Vital statistics of India. Vol. IV, Annual returns from 1871 to 1876. British Army of India, Native Army and jails of Bengal
Year: 1871
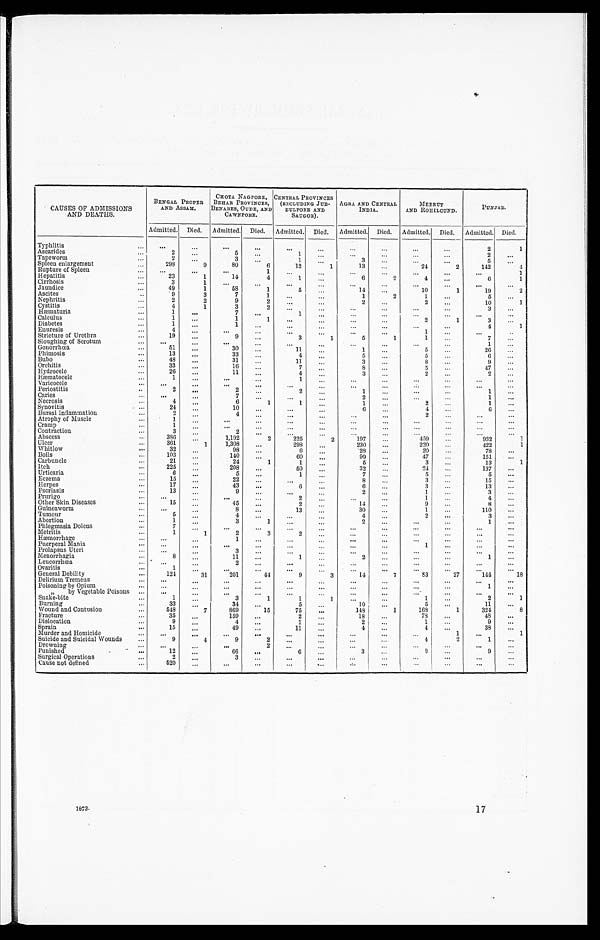
CAUSES OF ADMISSIONS
AND DEATHS.
BENGAL PROPER
AND ASSAM.
CHOTA NAGPORE,
BEHAR PROVINCES,
BENARES, OUDE, AND
CAWNPORE.
CENTRAL PROVINCES
(EXCLUDING JUB-
BULPORE AND
SAUGOR).
AGRA AND CENTRAL
INDIA.
MEERUT
AND ROHILCUND.
PUNJAB.
Admitted. Died. Admitted. Died. Admitted. Died. Admitted. Died. Admitted. Died. Admitted. Died.
Typhlitis . . .
. . .
. . .
. . .
. . .
. . .
. . .
. . .
. . .
. . .
. . .
2 1
Ascarides . . .
2
. . .
5
. . .
1
. . .
. . .
. . .
. . .
. . .
2
. . .
Tapeworm . . .
2
. . .
3
. . .
1
. . .
3
. . .
. . .
. . .
5
. . .
Spleen enlargement . . .
298
9
80
6
12
1
13
. . .
24
2
142
4
Rupture of Spleen . . .
. . .
. . .
. . .
1
. . . . . .
. . .
. . .
. . .
. . .
. . .
1
Hepatitis . . .
23
1
14
4
1
. . .
6
2
4
. . .
6
1
Cirrhosis . . .
3
1
. . .
. . .
. . .
. . .
. . .
. . .
. . .
. . .
. . .
. . .
Jaundice . . .
49
1
58
1
5
. . .
14
. . .
10
1
19
2
Ascites . . .
9
3
7
1
. . .
. . .
1
2
1
. . .
5
. . .
Nephritis . . .
2
2
9
2
. . .
. . .
2
. . .
2
. . .
10
1
Cystitis . . .
4
1
3
2
. . .
. . .
. . .
. . .
. . .
. . .
3
. . .
Hæmaturia . . .
1
. . .
7
. . .
1
. . .
. . .
. . .
. . .
. . .
. . .
. . .
Calculus . . .
1
. . .
1
1
. . .
. . .
. . .
. . .
2
1
3
. . .
Diabetes . . .
1
. . .
1
. . .
. . .
. . .
. . .
. . .
. . .
. . .
4
1
Enuresis . . .
4
. . .
. . .
. . .
. . .
. . .
. . .
. . .
1
. . .
. . .
. . .
Stricture of Urethra . . .
19
. . .
9
. . .
3
1
5
1
1
. . .
7
. . .
Sloughing of Scrotum . . .
. . .
. . .
. . .
. . .
. . .
. . .
. . .
. . .
. . .
. . .
1
. . .
Gonorrhœa . . .
51
. . .
30
. . .
11
. . .
1
. . .
5
. . .
26
. . .
Phimosis . . .
13
. . .
33
. . .
4
. . .
5
. . .
5
. . .
6
. . .
Bubo. . .
48
. . .
31
. . .
11
. . .
3
. . .
8
. . .
9
. . .
Orchitis . . .
33
. . .
16
. . .
7
. . .
8
. . .
5
. . .
47
. . .
Hydrocele . . .
26
. . .
11
. . .
4
. . .
3
. . .
2
. . .
2
. . .
Hæmatocele . . .
1
. . .
. . .
. . .
1
. . .
. . .
. . .
. . .
. . .
. . .
. . .
Varicocele . . .
. . .
. . .
. . .
. . .
. . .
. . .
. . .
. . .
. . .
. . .
. . .
. . .
Periostitis . . .
2
. . .
2
. . .
2
. . .
1
. . .
. . .
. . .
1
. . .
Caries . . .
. . .
. . .
7
. . .
. . .
. . . 2
. . .
. . .
. . .
1
. . .
Necrosis . . .
4
. . .
6
1
1
. . .
1
. . .
2
. . .
1
. . .
Synovitis . . .
24
. . .
10
. . .
. . .
. . .
6
. . .
4
. . .
6
. . .
Bursal Inflammation . . .
2
. . .
4
. . .
. . .
. . .
. . .
. . .
2
. . .
. . .
. . .
Atrophy of Muscle . . .
1
. . .
. . .
. . .
. . .
. . .
. . .
. . .
. . .
. . .
. . .
. . .
Cramp . . .
1
. . .
. . .
. . .
. . .
. . .
. . .
. . .
. . .
. . .
. . .
. . .
Contraction . . .
3
. . .
2
. . .
. . .
. . .
. . .
. . .
. . .
. . .
. . .
. . .
Abscess . . .
386
. . . 1,192
2
225
2
197
. . .
459
. . .
9 3 2
1
Ulcer . . .
361
1
1,308
. . .
298
. . .
230
. . .
220
. . .
4 2 2
1
Whitlow . . .
32
. . .
98
. . .
6
. . .
28
. . .
20
. . .
78
. . .
Boils . . .
103
. . .
140
. . .
60
. . .
99
. . .
47
. . .
151
. . .
Carbuncle . . .
21
. . .
24
1
1
. . .
5
. . .
3
. . .
13
1
Itch . . .
225
. . .
208
. . .
50
. . .
32
. . .
24
. . .
137
. . .
Urticaria . . .
6
. . .
5
. . .
1
. . .
7
. . .
5
. . .
5
. . .
Eczema . . .
15
. . .
22
. . .
. . .
. . .
8
. . .
3
. . .
1 5
. . .
Herpes . . .
1 7
. . .
43
. . .
6
. . .
6
. . .
3
. . .
1 3
. . .
Psoriasis . . .
13
. . .
9
. . .
. . .
. . .
2
. . .
1
. . .
3
. . .
Prurigo . . .
. . .
. . .
. . .
. . .
2
. . .
. . .
. . .
1
. . .
4
. . .
Other Skin Diseases . . .
15
. . .
45
. . .
2
. . .
14
. . .
9
. . .
8
. . .
Guineaworm . . .
. . .
. . .
8
. . .
1 3
. . .
30
. . .
1
. . .
110
. . .
Tumour . . .
5
. . .
4
. . .
. . .
. . .
4
. . .
2
. . .
3
. . .
Abortion . . .
1
. . . 3
1
. . .
. . .
2
. . .
. . .
. . .
1
. . .
Phlegmasia. Dolens . . .
7
. . .
. . .
. . .
. . .
. . .
. . .
. . .
. . .
. . .
. . .
. . .
Metritis . . .
1
1
2
3
2
. . .
. . .
. . .
. . .
. . .
. . .
. . .
Hæmorrhage . . .
. . .
. . .
1
. . .
. . .
. . .
. . .
. . .
. . .
. . . . . .
. . .
Puerperal Mania . . .
. . .
. . .
. . .
. . .
. . .
. . .
. . .
. . .
1
. . .
. . .
. . .
Prolapsus Uteri . . .
. . . . . .
3
. . .
. . .
. . .
. . .
. . .
. . .
. . .
. . .
. . .
Menorrhagia . . .
8
. . .
11
. . .
1
. . .
2
. . .
. . .
. . .
1
. . .
Leucorrhœa . . .
. . .
. . .
2
. . .
. . .
. . .
. . .
. . .
. . .
. . .
. . .
. . .
Ovaritis . . .
1
. . .
. . .
. . .
. . .
. . .
. . .
. . .
. . .
. . .
. . .
. . .
General Debility . . .
124
31
201
44
9
3
14
7
83
27
1 4 4
18
Delirium Tremens . . .
. . .
. . .
. . .
. . .
. . .
. . .
. . .
. . .
. . .
. . .
. . .
. . .
Poisoning by Opium . . .
. . .
. . .
. . .
. . .
. . .
. . .
. . .
. . .
. . .
. . .
1
. . .
" by Vegetable Poisons . . .
. . .
. . .
. . .
. . .
. . .
. . .
. . .
. . .
. . .
. . .
. . .
. . .
Snake-bite . . .
1
. . .
3
1
1
1
. . .
. . .
1
. . .
2
1
Burning . . .
33
. . .
34
. . .
5
. . .
10
. . .
5
. . .
1 1
. . .
Wound and Contusion . . .
548
7
869
15
75
. . .
148
1
168
1
324
8
Fracture . . .
35
. . .
159
. . .
2
. . .
18
. . .
78
. . .
48
. . .
Dislocation . . .
9
. . .
4
. . .
1
. . .
2
. . .
1
. . .
9
. . .
Sprain . . .
15
. . .
49
. . .
11
. . .
4
. . .
4
. . .
38
. . .
Murder and Homicide. . . .
. . .
. . .
. . .
. . .
. . .
. . .
. . .
. . .
. . .1
. . .
. . .
Suicide and Suicidal Wounds
. . .
9
4
9
2
. . .
. . .
. . .
. . .
4
2
1
. . .
Drowning. . .
. . .
. . .
. . .
2
. . .
. . .
. . .
. . .
. . .
. . .
. . .
. . .
Punished . . .
12
. . .
66
. . .
6
. . .
3
. . .
9
. . .
9
. . .
Surgical Operations . . .
2
. . .
3
. . .
. . .
. . .
. . .
. . .
. . .
. . .
. . .
. . .
Cause not defined . . .
520
. . .
. . .
. . .
. . .
. . .
. . .
. . .
. . .
. . .
. . .
. . .
1873.1 7